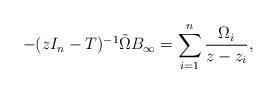
LaTeX: \begin{align*} -(zI_n-T)^{-1}\tilde{\Omega}B_{\infty}=\sum_{i=1}^n\frac{\Omega_i}{z-z_i}, \end{align*}